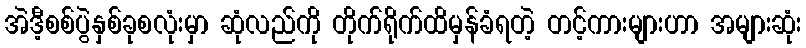
အဲဒီ့စစ်ပွဲနှစ်ခုစလုံးမှာ ဆုံလည်ကို တိုက်ရိုက်ထိမှန်ခံရတဲ့ တင့်ကားများဟာ အများဆုံး